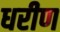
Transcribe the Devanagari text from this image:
धरीण